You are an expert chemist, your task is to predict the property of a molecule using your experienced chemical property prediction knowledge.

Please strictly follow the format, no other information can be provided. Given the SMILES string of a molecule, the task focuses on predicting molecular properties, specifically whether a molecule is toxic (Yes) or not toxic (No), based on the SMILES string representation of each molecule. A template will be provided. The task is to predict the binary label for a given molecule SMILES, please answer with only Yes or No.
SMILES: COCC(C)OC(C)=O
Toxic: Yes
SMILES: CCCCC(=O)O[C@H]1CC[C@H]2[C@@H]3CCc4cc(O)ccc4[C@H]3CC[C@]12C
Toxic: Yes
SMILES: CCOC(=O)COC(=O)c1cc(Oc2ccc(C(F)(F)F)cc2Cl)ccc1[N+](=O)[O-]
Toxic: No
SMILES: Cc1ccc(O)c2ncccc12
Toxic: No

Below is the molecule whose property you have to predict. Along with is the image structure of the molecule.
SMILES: CC(C)NC(C)C
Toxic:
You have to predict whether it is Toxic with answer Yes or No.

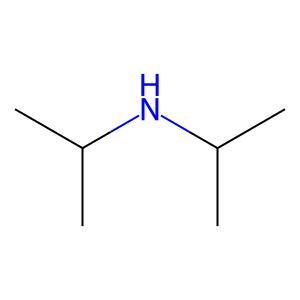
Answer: No